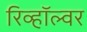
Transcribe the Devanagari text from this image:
रिव्हॉल्वर